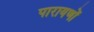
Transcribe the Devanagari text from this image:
पारायणों